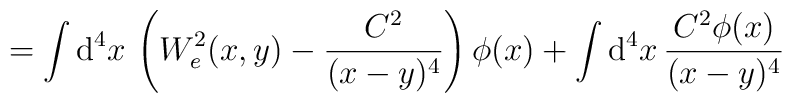
=\int \mathrm{d}^{4}x\, \left( W^{2}_{e}(x,y)-\frac{C^{2}}{(x-y)^{4}}\right) \phi (x)+\int \mathrm{d}^{4}x\, \frac{C^{2}\phi(x)}{(x-y)^{4}}